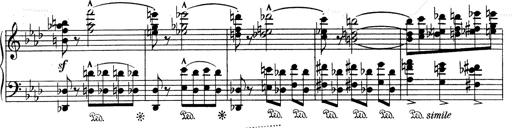
Title: Weinen, Klagen, Sorgen, Zagen
Composer: Franz Liszt